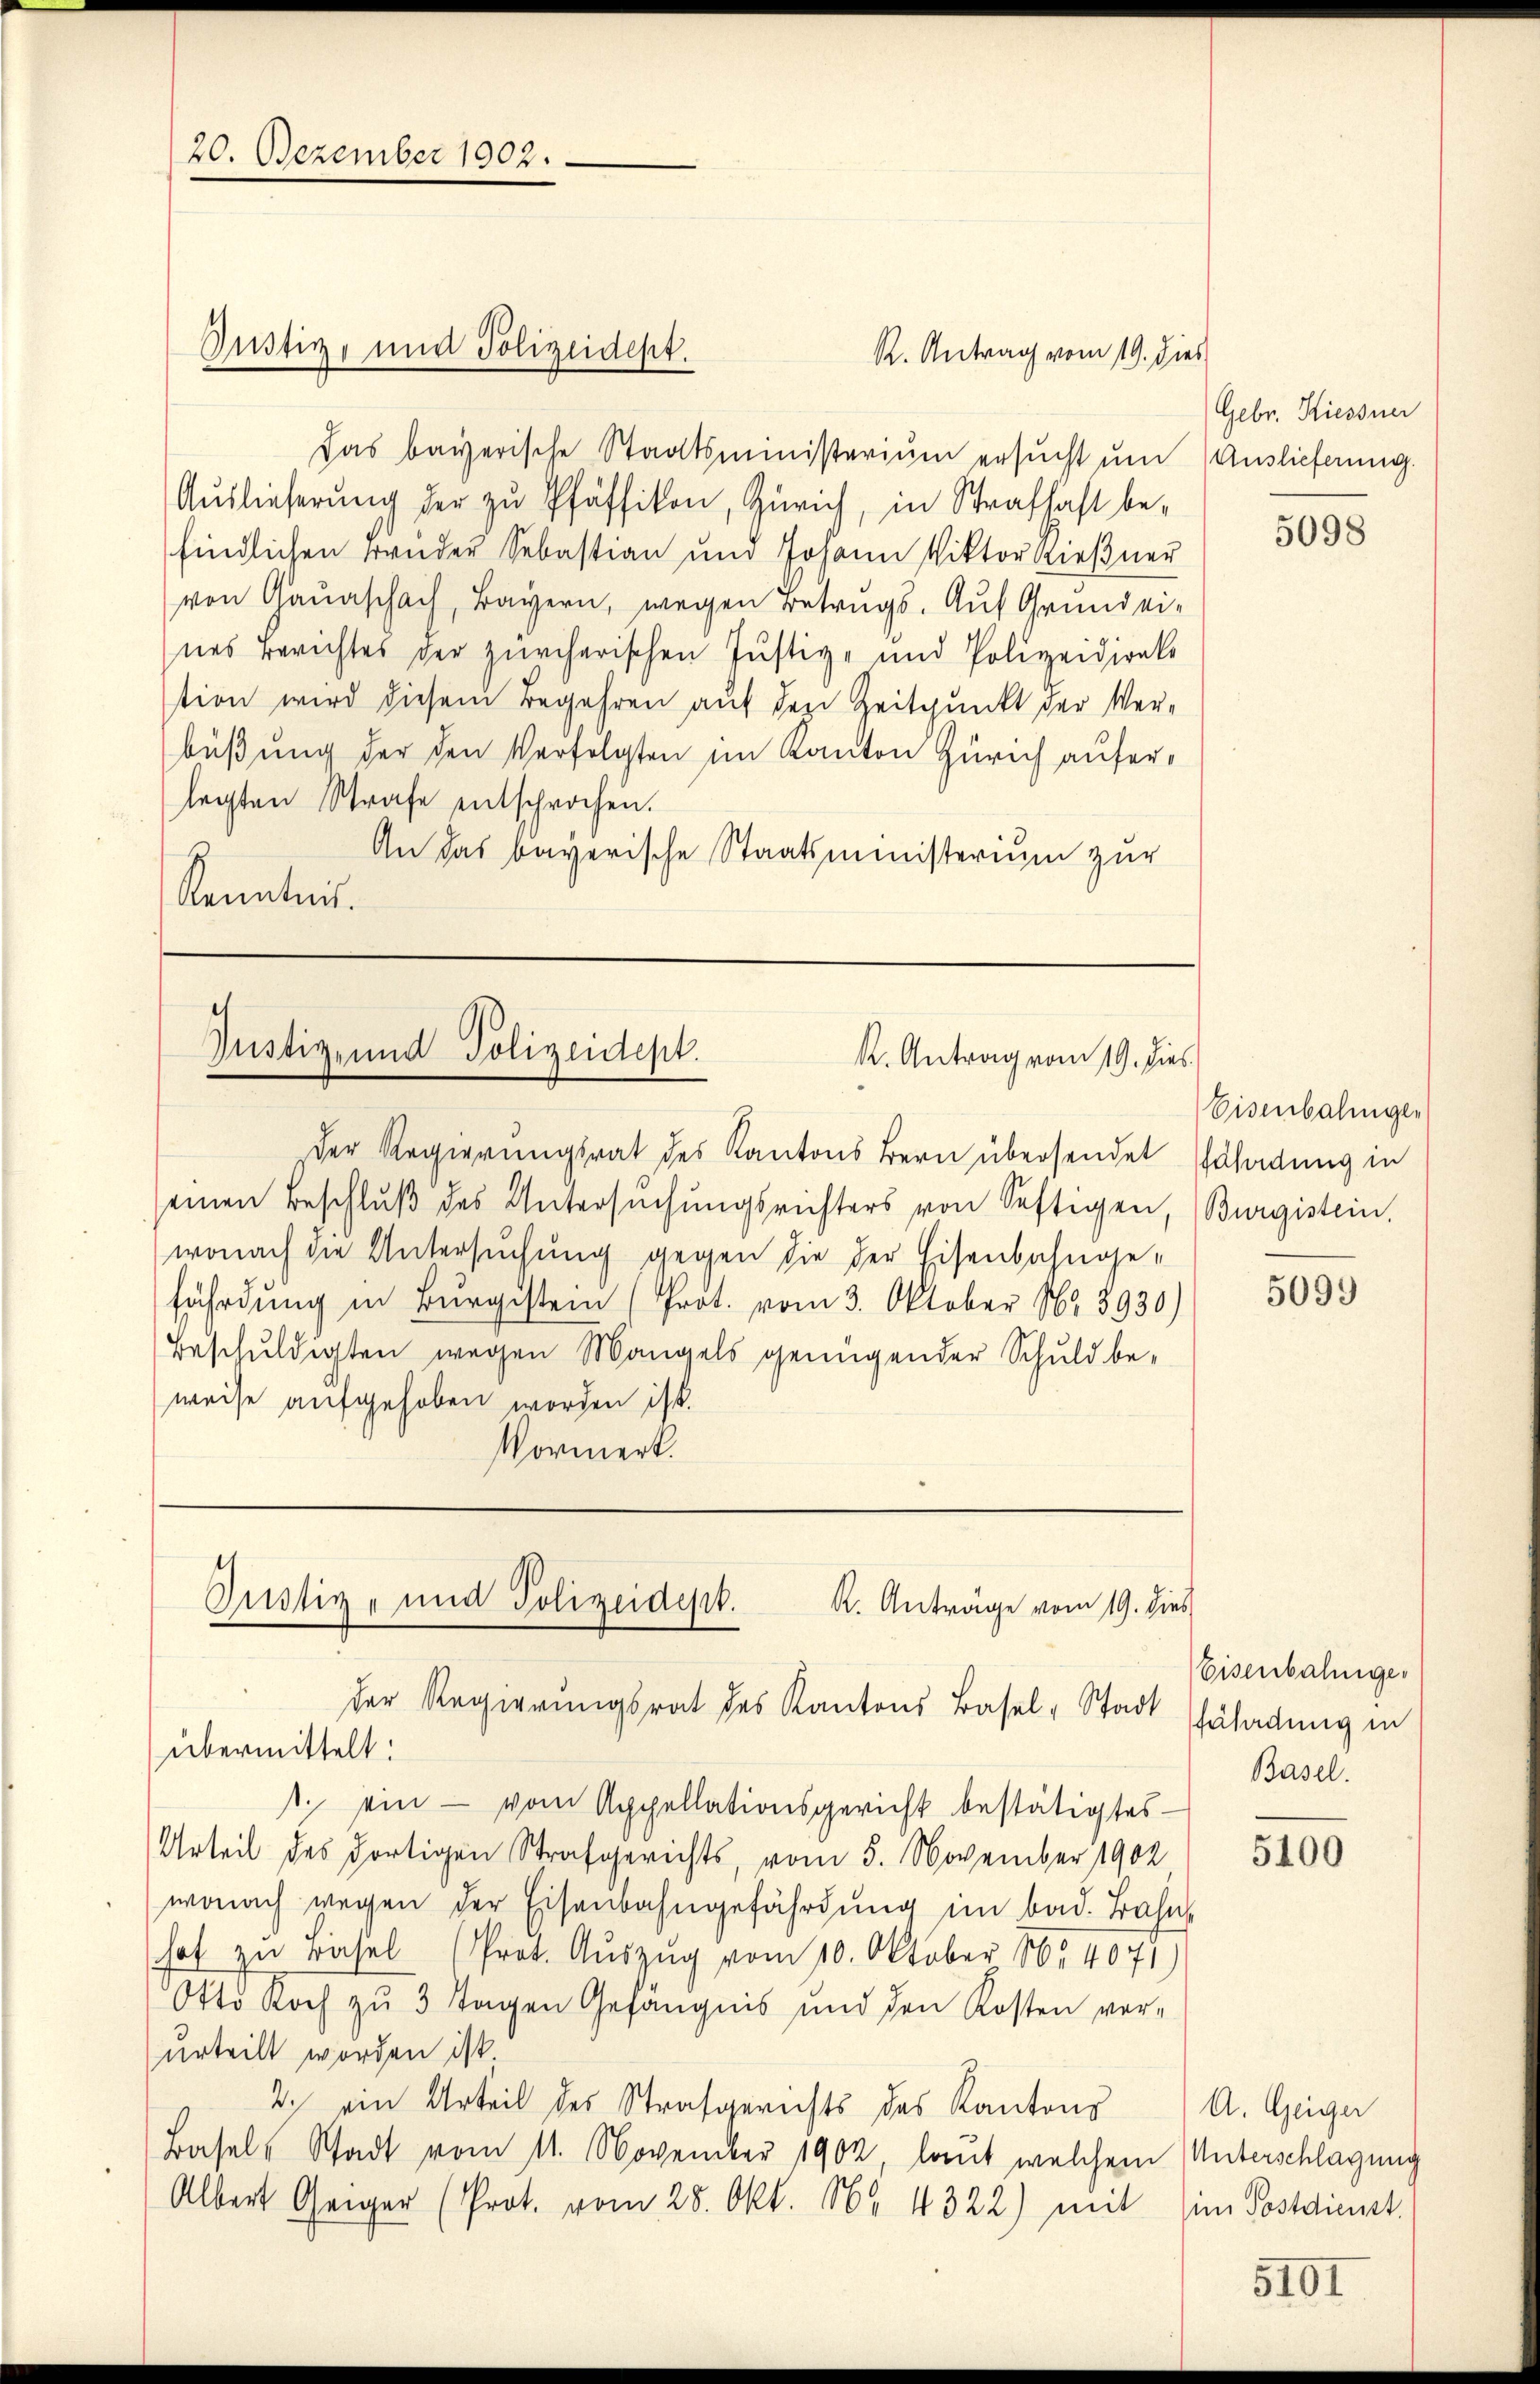
20. Dezember 1902.

Justiz, und Polizeidept.

Das bayerische Staatsministerium ersŭcht um Auslieferung
Auslieferung der zu Pfäffikon, Zürich, in Strafhaft befindlichen Bruder Sebastian und Johann Viktor Rießner
von Gaunschach, Bayern, wegen Betrugs. Auf Grundeines Berichtes der zürcherischen Justiz- und Polizeidirake
tion wird diesem Begehren auf den Zeitpunkt der Verbüßung der den Verfolgten im Kanton Zürich auferlegten Strafe entsprochen.
An das bayerische Staatsministerium zur
Kenntnis.

s
Justiz- und Polizeidept.
K. Antrag vom 19. dies

der Regierungsrat des Kantons Bern übersendet Erladung in
seinen Beschlŭβ des Untersŭchŭngsrichters von Seftigen, (Burgistein.
wonach die Untersuchung gegen die der Eisenbahnge-
fährdung in Burgistern (Prot. vom 3. Oktober No. 3930)
Beschuldigten wegen Mangels genügender Schuld be-
weise aufgehoben worden ist.
Vormerk.

Justiz- und Polizeidept.
R. Anträge vom 19. dies
der Regierungsrat des Kantons Basel-Stadt

R. Antrag vom 19. dies

übermittelt:
s. ein - vom Appellationsgericht bestätigtes
Urteil des dortigen Strafgerichts, vom 5. November 1902
wonach wegen der Eisenbahngefährdung im bad. Bahnh
hat zu Basel (Prot. Aŭszŭg vom 10. Oktober 1854075)
Otto Koch zŭ 3 Tagen Gefängnis und den Kosten ver-
urteilt worden ist.
2. ein Urteil des Strafgerichts des Kantons
Basels Stadt vom 11. November 1902, laut welchem Unterschlagung
Albert Geiger (Prot. vom 28. Okt. 16. 4322) mit

Gebr. Hiessner

5098

Eisenbahnger

5099

Eisenbahngefährdung in
Basel.

5100

A. Geiger
im Postdienst.

5101